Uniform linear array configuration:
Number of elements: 48
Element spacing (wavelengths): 0.75
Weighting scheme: blackman
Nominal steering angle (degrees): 30
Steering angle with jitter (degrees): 28.701
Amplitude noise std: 0.05
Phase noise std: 0.05

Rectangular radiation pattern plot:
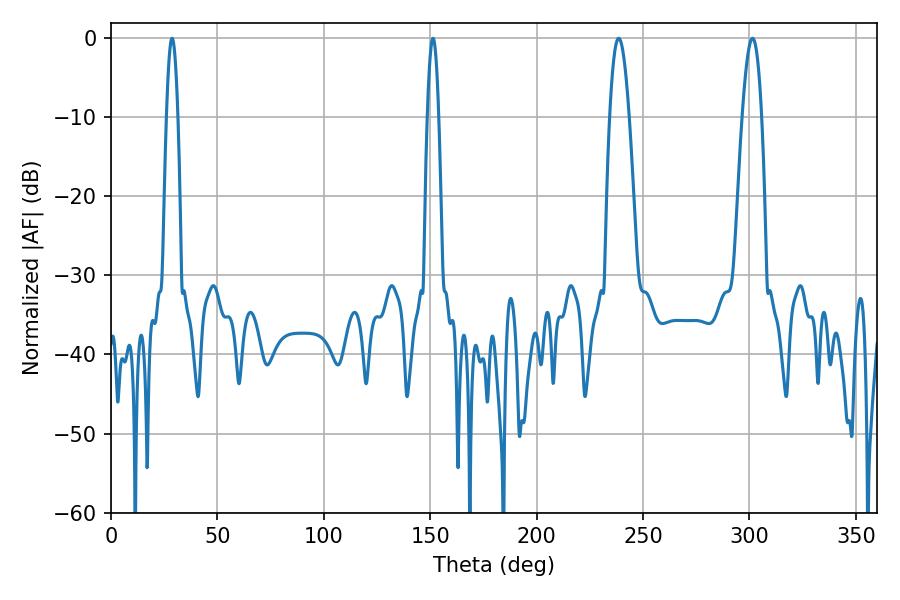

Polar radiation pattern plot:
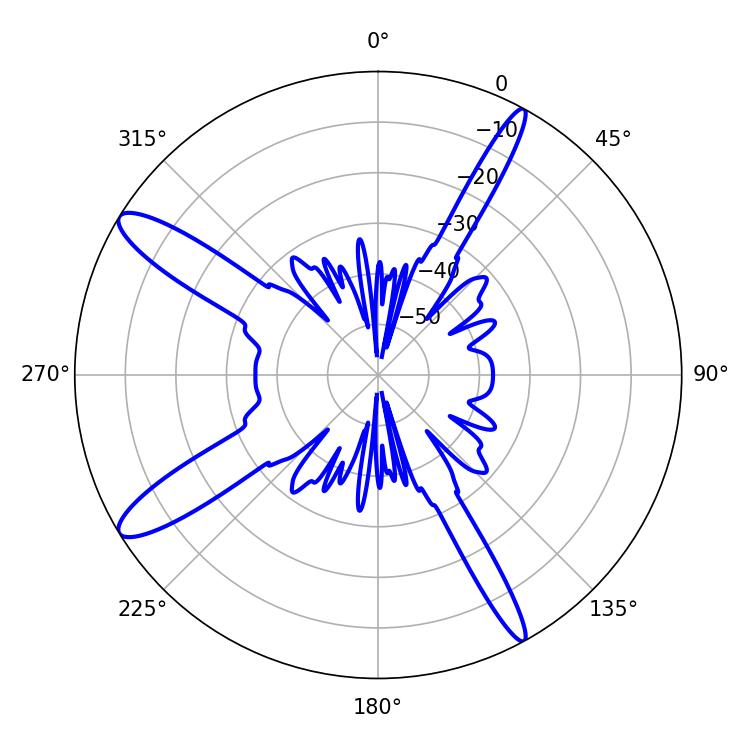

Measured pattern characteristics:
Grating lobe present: TRUE
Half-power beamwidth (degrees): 5.04
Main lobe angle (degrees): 238.5